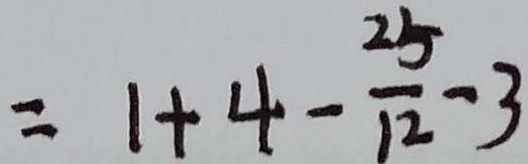
= 1 + 4 - \frac { 2 5 } { 1 2 } - 3